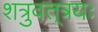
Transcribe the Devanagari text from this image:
शत्रुवत्‌त्रयः